Civil Veterinary Dept. Bombay admin report 1932-41 - 1932-1941
Year: 1932
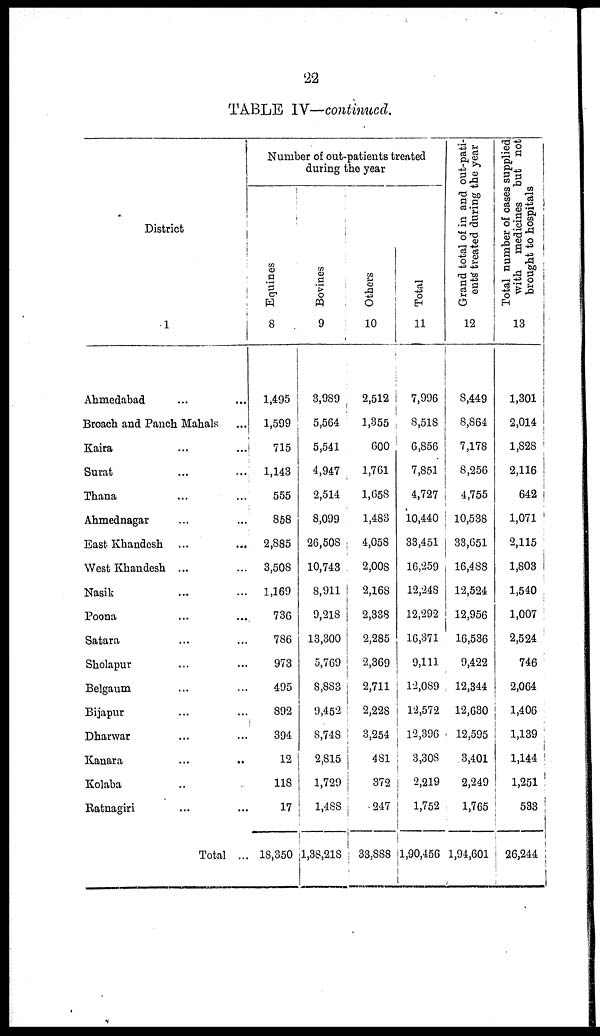
22
TABLE IV—continued.
District
1
Ahmedabad ... ...
Broach and Panch Mahals ...
Kaira ... ...
Surat ... ...
Thana ... ...
Ahmednagar ... ...
East Khandesh ...
...
West Khandesh ... ...
Nasik ... ...
Poona ... ...
Satara ... ...
Sholapur ... ...
Belgaum ... ...
Bijapur ... ...
Dharwar ... ...
Kanara
...
..
Kolaba ..
Ratnagiri ... ...
Total ...
Number of out-patients treated
during the year
Equines
8
1,495
1,599
715
1,143
555
858
2,885
3,508
1,169
736
786
973
495
892
394
12
118
17
18,350
Bovines
9
3,989
5,564
5,541
4,947
2,514
8,099
26,508
10,743
8,911
9,218
13,300
5,769
8,883
9,452
8,748
2,815
1,729
1,488
1,38,218
Others
10
2,512
1,355
600
1,761
1,658
1,483
4,058
2,008
2,168
2,338
2,285
2,369
2,711
2,228
3,254
481
372
247
33,888
Total
11
7,996
8,518
6,856
7,851
4,727
10,440
33,451
16,259
12,248
12,292
16,371
9,111
12,089
12,572
12,396
3,308
2,219
1,752
1,90,456
Grand total of in and out-pati-
ents treated during the year
12
8,449
8,864
7,178
8,256
4,755
10,538
38,651
16,488
12,524
12,956
16,536
9,422
12,344
12,630
12,595
3,401
2,249
1,765
1,94,601
Total number of cases supplied
with medicines but not
brought to hospitals
13
1,301
2,014
1,828
2,116
642
1,071
2,115
1,803
1,540
1,007
2,524
746
2,064
1,406
1,139
1,144
1,251
533
26,244